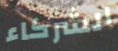
الشركاء